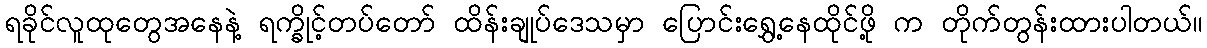
ရခိုင်လူထုတွေအနေနဲ့ ရက္ခိုင့်တပ်တော် ထိန်းချုပ်ဒေသမှာ ပြောင်းရွှေ့နေထိုင်ဖို့ က တိုက်တွန်းထားပါတယ်။